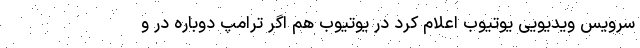
سرویس ویدیویی یوتیوب اعلام کرد در یوتیوب هم اگر ترامپ دوباره در و